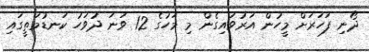
ދޯނި ފަހަރަށް މީހުން އަރުވައިގެން މި މަހުގެ 12 ވަނަ ދުވަހު ކަނޑުމަތީގައި